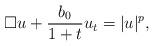
LaTeX: \begin{align*}\Box u + \frac{b_0}{1+t} u_t = |u|^p,\end{align*}